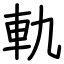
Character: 軌